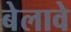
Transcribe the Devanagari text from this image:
बेलावे